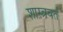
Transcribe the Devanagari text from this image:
शास्त्रवर्त